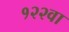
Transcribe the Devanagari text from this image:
१२२वा